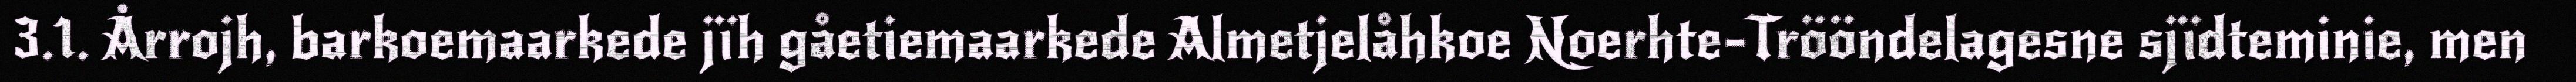
3.1. Årrojh, barkoemaarkede jïh gåetiemaarkede Almetjelåhkoe Noerhte-Trööndelagesne sjïdteminie, men